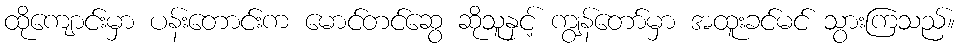
ထိုကျောင်းမှာ ပန်းတောင်းက မောင်တင်ဆွေ ဆိုသူနှင့် ကျွန်တော်မှာ အထူးခင်မင် သွားကြသည်။